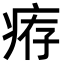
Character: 𤶐